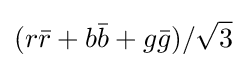
(r{\bar {r}}+b{\bar {b}}+g{\bar {g}})/{\sqrt {3}}